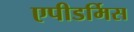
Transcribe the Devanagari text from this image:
एपीडर्मिस